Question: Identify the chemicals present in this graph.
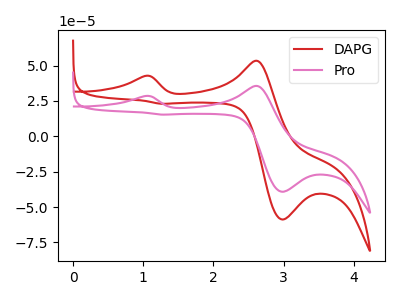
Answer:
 <answer>The red curve is labeled "DAPG". The pink curve is labeled "Pro".</answer>
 <eval></eval>